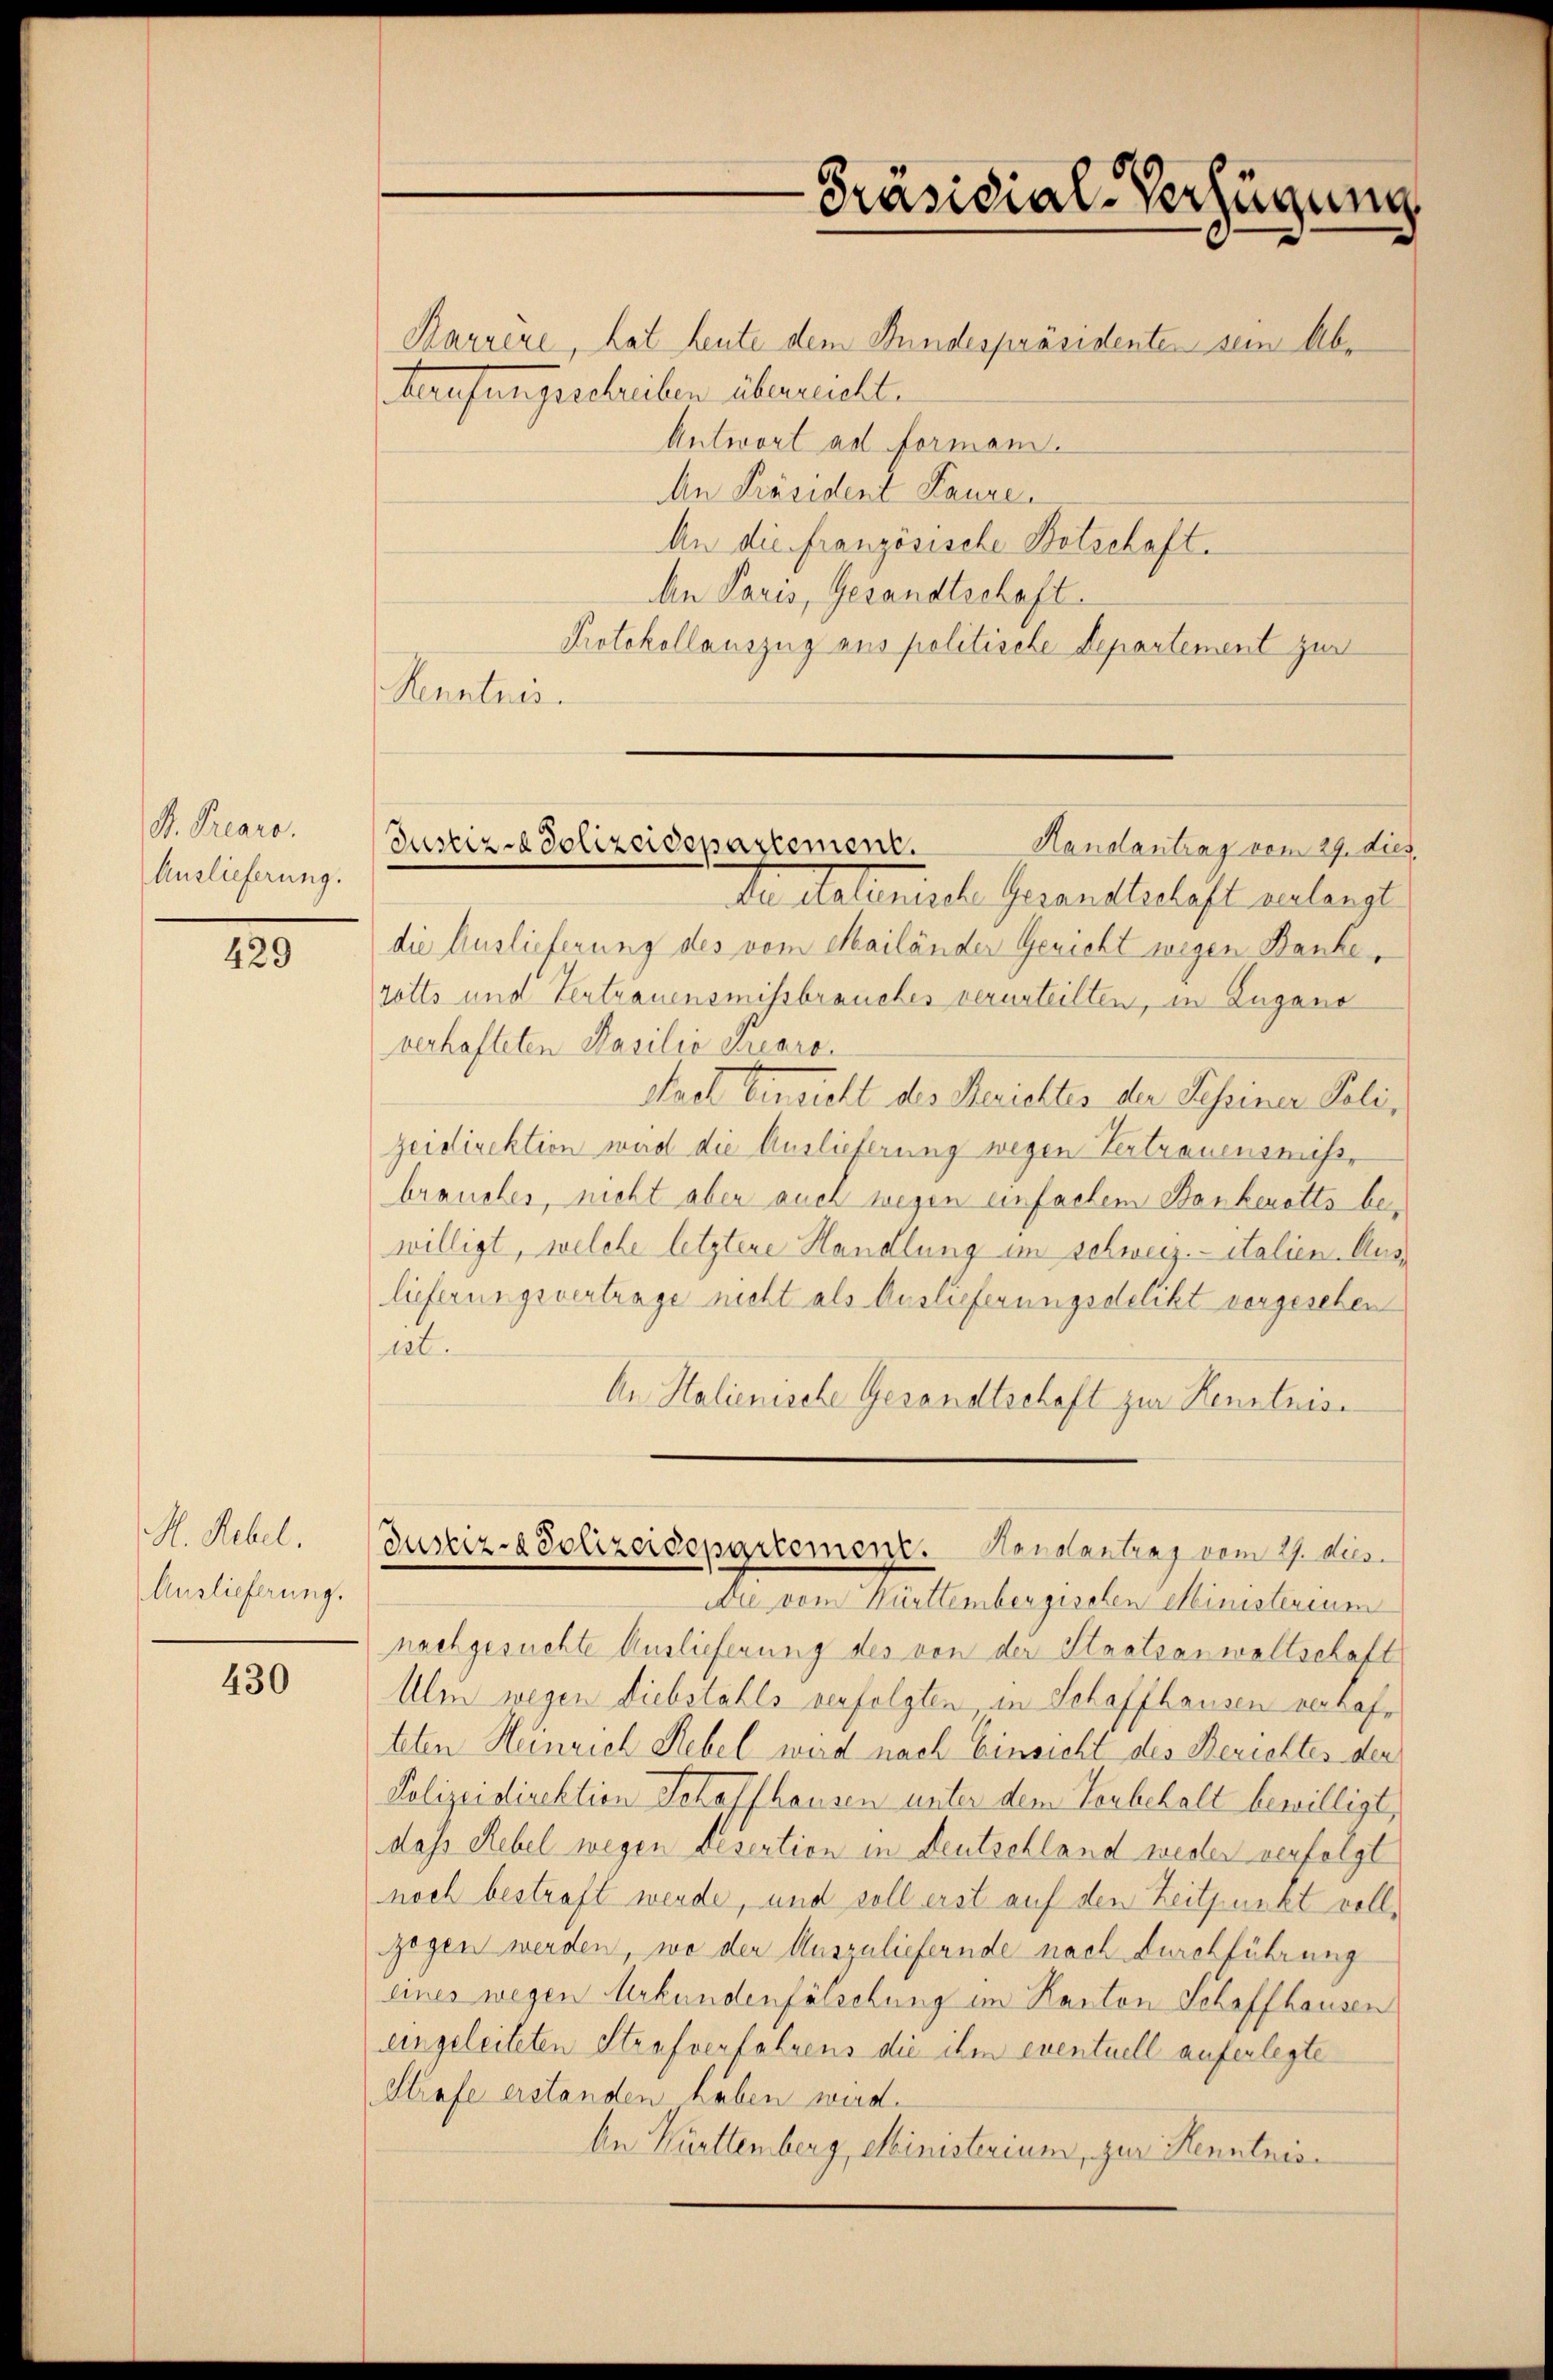
S. Trearo.
Auslieferung.

429

H. Nebel.
Auslieferung.

430

Karrere, hat heute dem Bundespräsidente sein Abe
Berufungeschreiben überecht.
Antwort ad Formen.
An Präsident Kanze
An die französische Botschaft.
An Paris, Gesandtschaft
Protokollauszug aus politische Departement zur
Kenntnis.
Da Materische Gesandtschäft verlangt
die Auslieferung des vom Mailänder Gericht wegen Banke,
rotts und Vertrauensmissbrauches verurteilten, in Zugano
verhafteten Masilić Suaro.
strat Einsicht des Berichtes der Sessiner Poli,
zeidirektion wird die Auslieferung wegen Vertrauensmissbrauches, nicht aber auch wegen einfachen Bankerotts bewilligt, welche letztere Handlung im Schweiz.- italien. Auslieferungsvertrage nicht als Auslieferungsdelikt vorgesehen
at.
An Stalienische Gesandtschaft zur Kenntnis
Justiz-Polizeidepartement. Kanalantenz vom 27. dies
Die vom Württembergischen Ministerium
nachgesuchte Auslieferung des von der Staatsanwaltschaft
Ulin wegen Diebstahls verfolgten in Schaffhausen verlasteten Heinrich Hebel wird nach Einsicht des Bezieltes der
Polizeidirektion Schaffhausen unter dem Verbehalt bewilligt,
dass Rebel wegen desertion in Deutschland weder verfolgt
noch bestraft werde, und soll erst auf den Zeitpunkt vollgegen werden, wo der Auszuliefernde nach durchführung
eines wegen Urkundenfälschung im Kanton Schaffhausen
eingeleiteten Strafverfahrens die ihm eventuell auferlegte
Strafe erstanden haben wird.
An Württemberg, Ministerium, zur Kenntnis¬

Justiz - Polizeidepartement.
Handantrag vom 29. dies

Präsidial-Verfügung